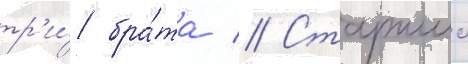
тр'и́ бра́та // Старшии